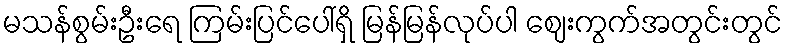
မသန်စွမ်းဦးရေ ကြမ်းပြင်ပေါ်ရှိ မြန်မြန်လုပ်ပါ ဈေးကွက်အတွင်းတွင်